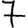
Digit: 7